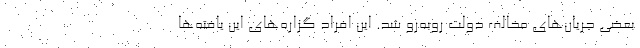
بعضی جریان‌های مخالف دولت روبه‌رو شد. این افراد گزاره‌های این یافته‌ها